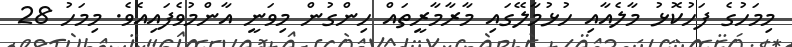
މިމަހުގެ ފަހުކޮޅު މާލެއާއި ހުޅުމާލޭގައި މާރާމާރީތައް ހިންގުން މިވަނީ އާންމުވެފައިއެވެ. މިމަހު 28